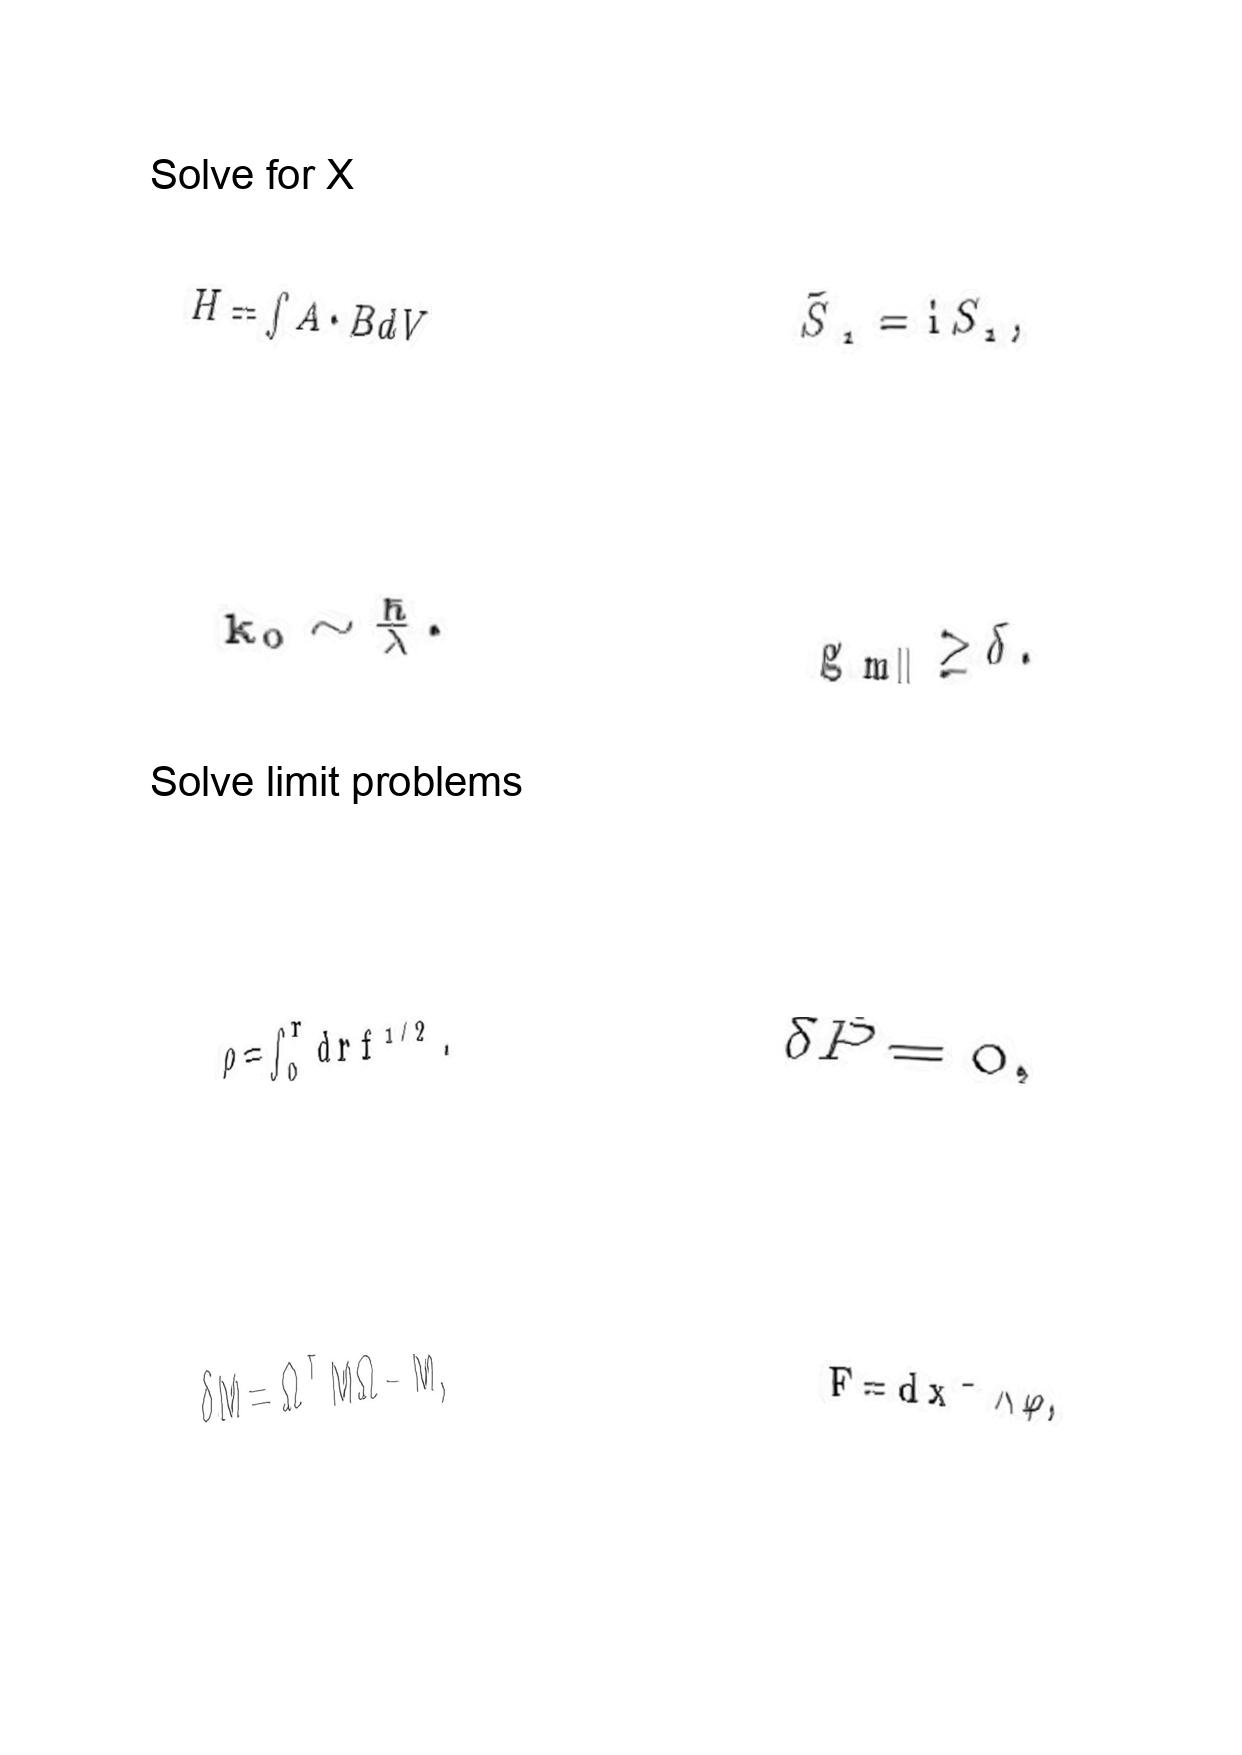
LaTeX transcription:
H = \int A \cdot B d V
k _ { 0 } \sim \frac { \hbar } { \lambda } .
\rho = \int _ { 0 } ^ { r } d r f ^ { 1 / 2 } .
\delta M = \Omega ^ { T } M \Omega - M ,
\tilde { S } _ { 1 } = \mathrm { i } S _ { 1 } ,
g _ { m \parallel } \geq \delta .
\delta \overline { P } = 0 ,
F = d x ^ { - } \wedge \varphi ,